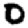
Digit: 0